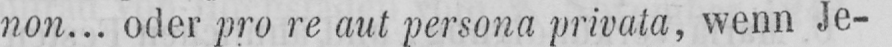
non... oder pro re aut persona privata, wenn Je-